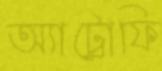
অ্যাট্রোফি